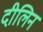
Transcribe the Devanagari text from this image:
दीलिन